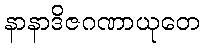
နာနာဒိဇဂဏာယုတေ